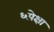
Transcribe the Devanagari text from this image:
६पेक्षा